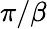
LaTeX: \pi/\beta